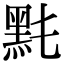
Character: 𪐠